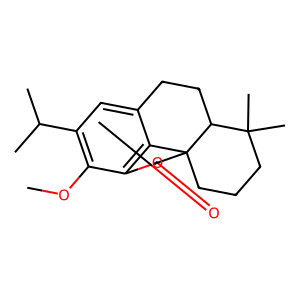
SMILES: COc1c(C(C)C)cc2c3c1OC(=O)C31CCCC(C)(C)C1CC2
Inhibits HIV replication: No